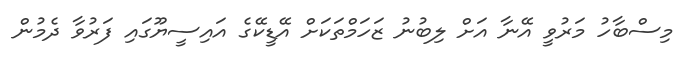
މިސްބާހު މަރުވީ އޭނާ އަށް ލިބުނު ޒަހަމްތަކަށް އޭޑީކޭގެ އައިސީޔޫގައި ފަރުވާ ދެމުން